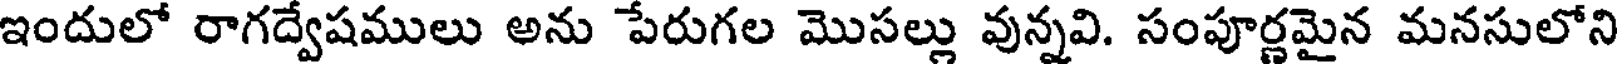
ఇందులో రాగద్వేషములు అను పేరుగల మొసల్లు వున్నవి. సంపూర్ణమైన మనసులోని